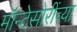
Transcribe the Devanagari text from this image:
मॉन्टेसोरींच्या